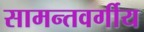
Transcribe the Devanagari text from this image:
सामन्तवर्गीय